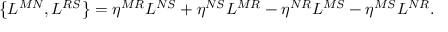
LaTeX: \left\{ L ^ { M N } , L ^ { R S } \right\} = \eta ^ { M R } L ^ { N S } + \eta ^ { N S } L ^ { M R } - \eta ^ { N R } L ^ { M S } - \eta ^ { M S } L ^ { N R } .